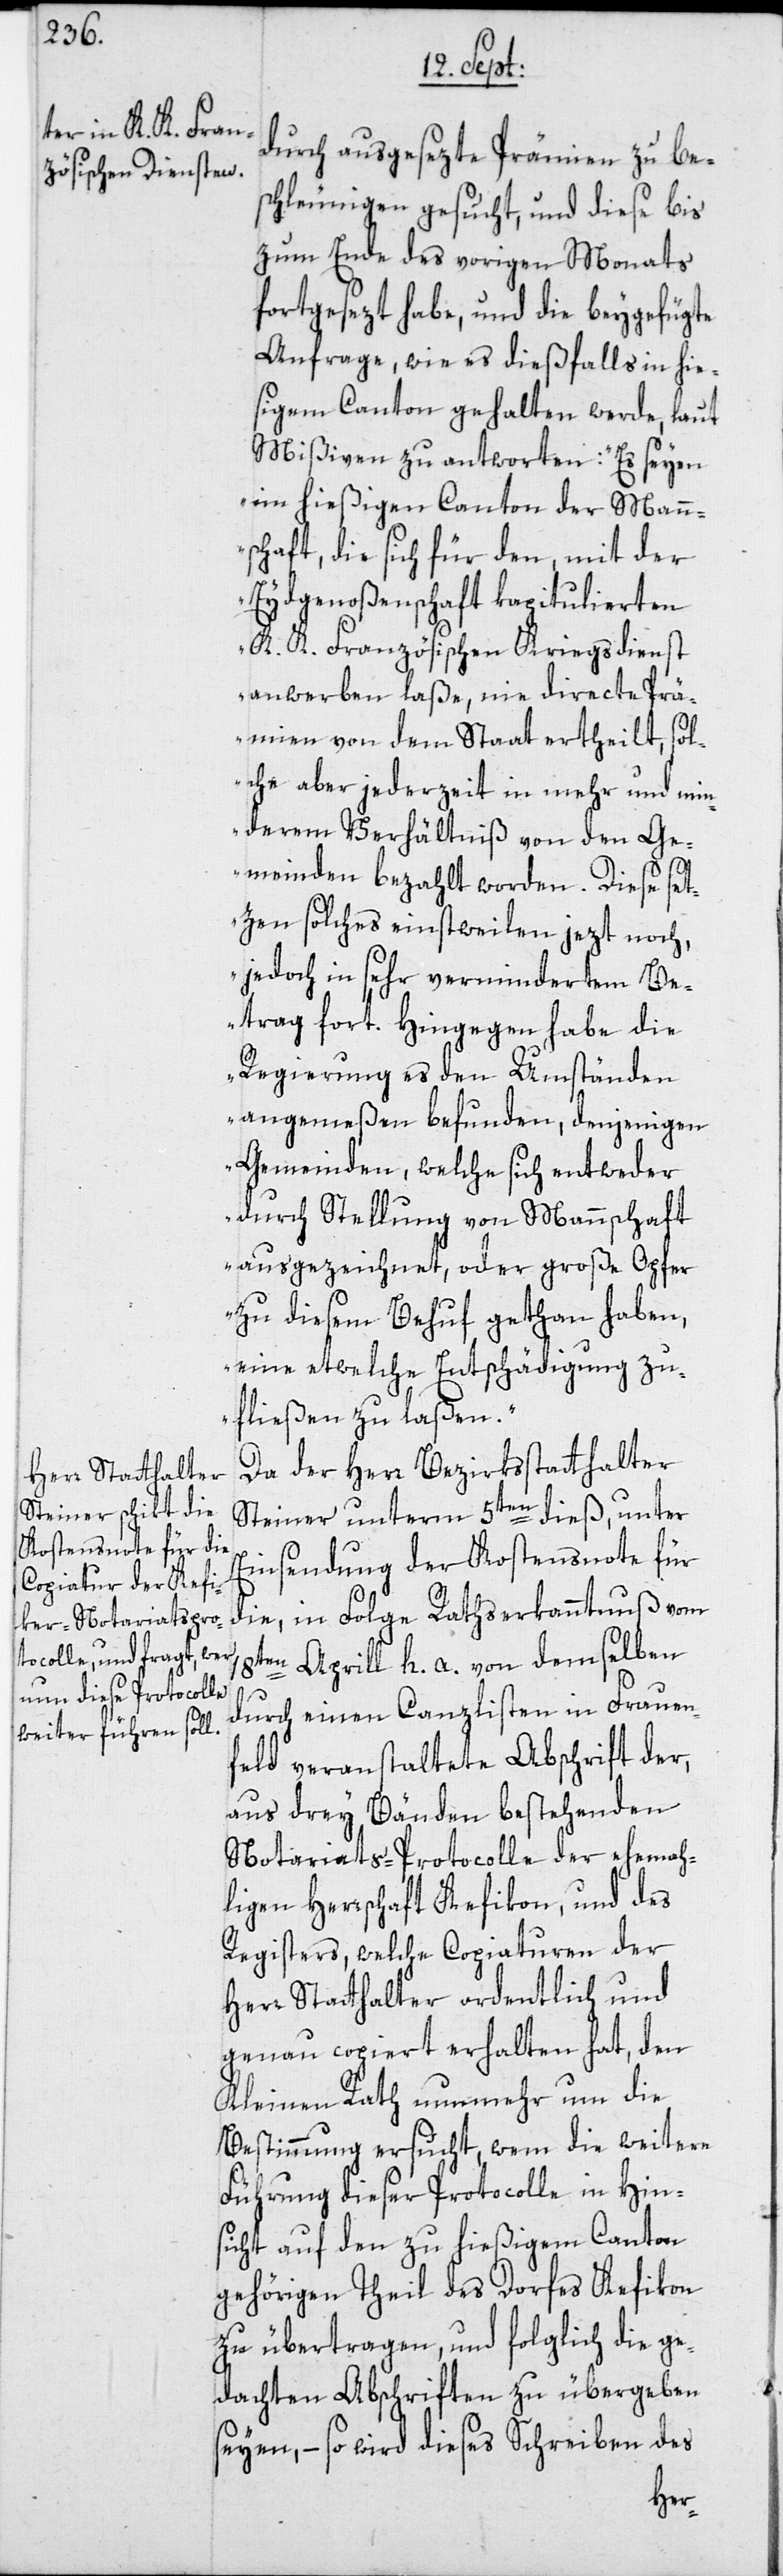
durch ausgesezte Prämien zu be¬
schleunigen gesucht, und diese bis
zum Ende des vorigen Monats
fortgesezt habe, und die beygefügte
Anfrage, wie es dießfalls in hie¬
ßigem Canton gehalten werde, laut
Mißiven zu antworten: „Es seyen
im hießigen Canton der Mann¬
schaft, die sich für den, mit der
Eydgenoßenschaft kapitulierten
K. K. Französischen Kriegsdienst
anwerben laße, nie directe Prä¬
mien von dem Staat ertheilt, sol¬
che aber jederzeit in mehr und min¬
derem Verhältniß von den Ge¬
meinden bezahlt worden. Diese set¬
zen solches einstweilen jezt noch,
jedoch in sehr vermindertem Be¬
trag fort. Hingegen habe die
Regierung es den Umständen
angemeßen befunden, denjenigen
Gemeinden, welche sich entweder
durch Stellung von Mannschaft
ausgezeichnet, oder große Opfer
zu diesem Behuf gethan haben,
eine etwelche Entschädigung zu¬
fließen zu laßen.“
Da der Herr Bezirksstatthalter
Steiner unterm 5ten dieß, unter
Einsendung der Kostensnote für
die, in Folge Rathserkanntnuß vom
18ten Aprill h. a. von demselben
durch einen Canzlisten in Frauen¬
feld veranstaltete Abschrift der,
aus drey Bänden bestehenden
Notariats-Protocolle der ehemah¬
ligen Herrschaft Kefikon, und des
Registers, welche Copiaturen der
Herr Statthalter ordentlich und
genau copiert erhalten hat, den
Kleinen Rath nunmehr um die
Bestimmung ersucht, wem die weitere
Führung dieser Protocolle in Hin¬
sicht auf den zu hießigem Canton
gehörigen Theil des Dorfes Kefikon
zu übertragen, und folglich die ge¬
dachten Abschriften zu übergeben
seyen, – so wird dieses Schreiben des